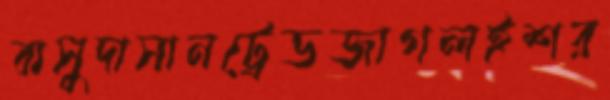
বাসুদাসানট্রেডজাগলইশর